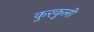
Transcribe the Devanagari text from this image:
कुरकुली